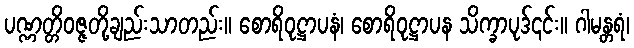
ပဏ္ဏတ္တိဝဇ္ဇတို့ချည်းသာတည်း။ စောရိဝုဋ္ဌာပနံ၊ စောရိဝုဋ္ဌာပန သိက္ခာပုဒ်၎င်း။ ဂါမန္တရံ၊